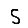
Digit: 5